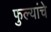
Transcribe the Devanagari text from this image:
फुल्यांचे